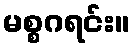
မစ္စဂရင်း။